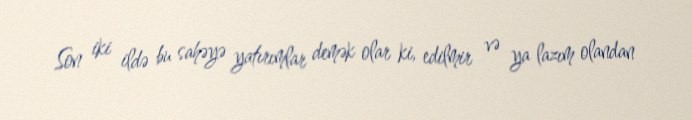
Son iki ildə bu sahəyə yatırımlar demək olar ki, edilmir və ya lazım olandan